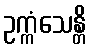
ဥက္ကံသေန္တိ